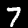
Label: 7